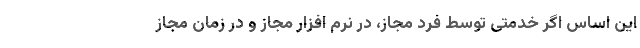
این اساس اگر خدمتی توسط فرد مجاز، در نرم افزار مجاز و در زمان مجاز